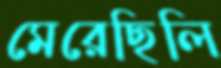
মেরেছিলি